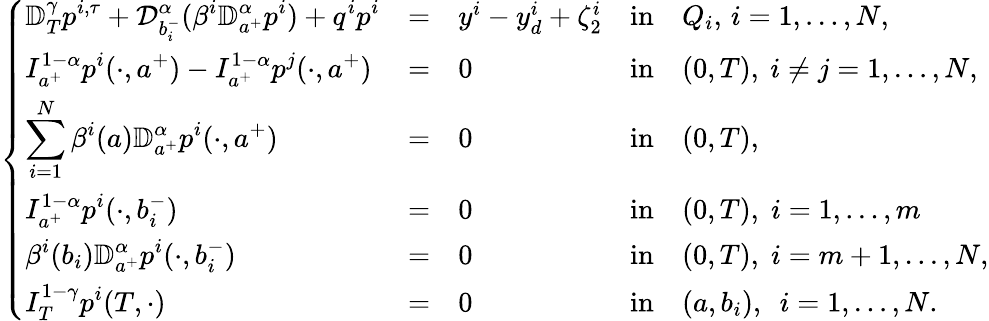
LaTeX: \left\{ \begin{array}{lllllllllllllllll}{\displaystyle\mathbb{D}_{T}^{\gamma}p^{i,\tau}+\mathcal{D}_{b_{i}^{-}}^{\alpha}(\beta^{i}\mathbb{D}_{a^{+}}^{\alpha}p^{i})+q^{i}p^{i}}&{=}&{y^{i}-y_{d}^{i}+\zeta_{2}^{i}}&{\mathrm{in}}&{Q_{i},\, i=1,\dots,N,}\\ {\displaystyle I_{a^{+}}^{1-\alpha}p^{i}(\cdot,a^{+})-I_{a^{+}}^{1-\alpha}p^{j}(\cdot,a^{+})}&{=}&{0}&{\mathrm{in}}&{(0,T),~i\neq j=1,\dots,N,}\\ {\displaystyle\sum_{i=1}^{N}\beta^{i}(a)\mathbb{D}_{a^{+}}^{\alpha}p^{i}(\cdot,a^{+})}&{=}&{0}&{\mathrm{in}}&{(0,T),}\\ {\displaystyle I_{a^{+}}^{1-\alpha}p^{i}(\cdot,b_{i}^{-})}&{=}&{0}&{\mathrm{in}}&{(0,T),\; i=1,\dots,m}\\ {\displaystyle\beta^{i}(b_{i})\mathbb{D}_{a^{+}}^{\alpha}p^{i}(\cdot,b_{i}^{-})}&{=}&{0}&{\mathrm{in}}&{(0,T),\; i=m+1,\dots,N,}\\ {\displaystyle I_{T}^{1-\gamma}p^{i}(T,\cdot)}&{=}&{0}&{\mathrm{in}}&{(a,b_{i}),~~i=1,\dots,N.}\end{array}\right.